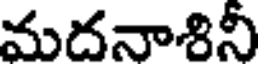
మదనాశినీ